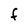
Character: F